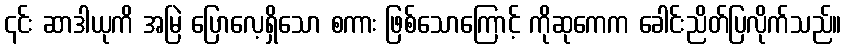
၎င်း ဆာဒါယုကိ အမြဲ ပြောလေ့ရှိသော စကား ဖြစ်သောကြောင့် ကိုဆုကေက ခေါင်းညိတ်ပြလိုက်သည်။